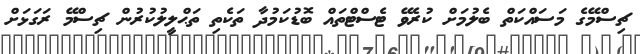
ޗިސްމޭގެ މަސައްކަތް ބެލުމަށް ކުރެވޭ ޓެސްޓްތައް ބޮޑުކަމުދާ ތަކެތި ތަޙްލީލުކުރުން ޗިސްމޭ ރަގަޅަށް